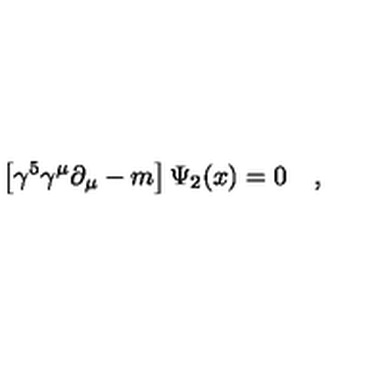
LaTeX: \left[ \gamma ^ { 5 } \gamma ^ { \mu } \partial _ { \mu } - m \right] \Psi _ { 2 } ( x ) = 0 \quad ,